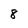
Character: 8